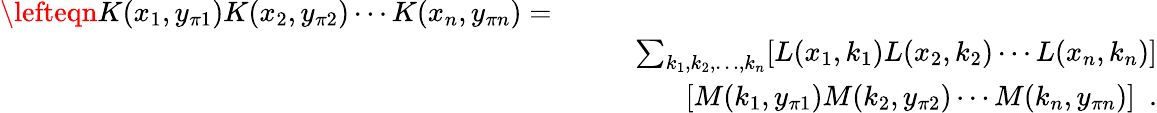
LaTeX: \begin{array}{rlr}{\lefteqn{K(x_{1},y_{\pi 1})K(x_{2},y_{\pi 2})\cdots K(x_{n},y_{\pi n})=}}\\ &{}&{\sum_{k_{1},k_{2},\ldots,k_{n}}[L(x_{1},k_{1})L(x_{2},k_{2})\cdots L(x_{n},k_{n})]}\\ &{}&{~~~~~~~~~~~[M(k_{1},y_{\pi 1})M(k_{2},y_{\pi 2})\cdots M(k_{n},y_{\pi n})]~~.}\end{array}